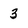
Character: 3